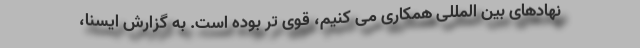
نهادهای بین المللی همکاری می کنیم، قوی تر بوده است. به گزارش ایسنا،